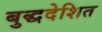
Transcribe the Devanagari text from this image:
बुद्धदेशित